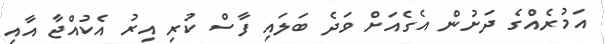
އަމުރެއްގެ ދަށުން އެގެއަށް ވަދެ ބަލައި ފާސް ކުރި އިރު އެކުއްޖާ އާއި